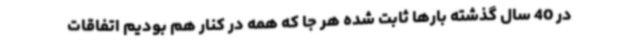
در 40 سال گذشته بارها ثابت شده هر جا که همه در کنار هم بودیم اتفاقات